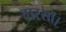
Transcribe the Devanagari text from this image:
वारसॉ।